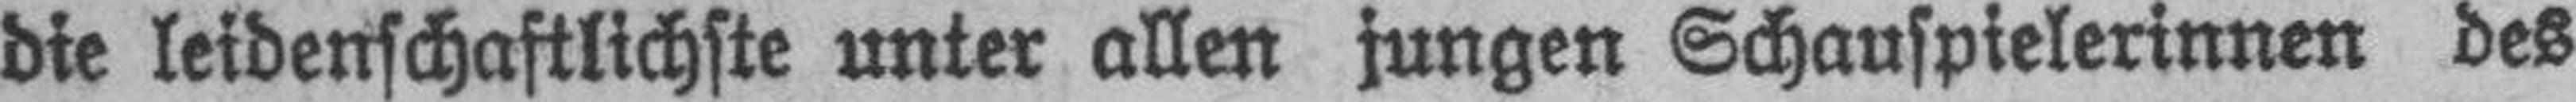
die leidenschaftlichste unter allen jungen Schauspielerinnen des